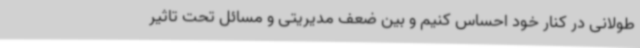
طولانی در کنار خود احساس کنیم و بین ضعف مدیریتی و مسائل تحت تاثیر